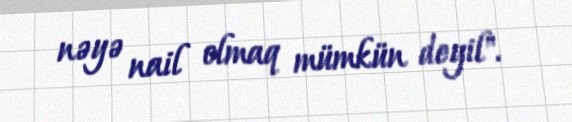
nəyə nail olmaq mümkün deyil".